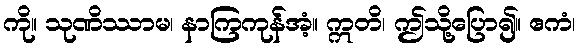
ကို။ သုဏိဿာမ၊ နာကြကုန်အံ့။ ဣတိ၊ ဤသို့ပြော၍။ ဧကံ၊